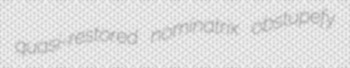
quasi-restored nominatrix obstupefy